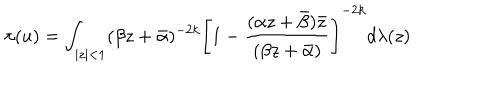
LaTeX: \pi ( u ) = \int _ { | z | < 1 } ( \beta z + \bar { \alpha } ) ^ { - 2 k } \left[ 1 - \frac { ( \alpha z + \bar { \beta } ) \bar { z } } { ( \beta z + \bar { \alpha } ) } \right] ^ { - 2 k } d \lambda ( z )